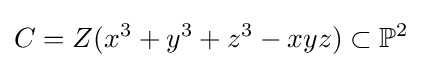
C=Z(x^{3}+y^{3}+z^{3}-xyz)\subset \mathbb {P} ^{2}